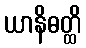
ယာနိဓတ္ထိ